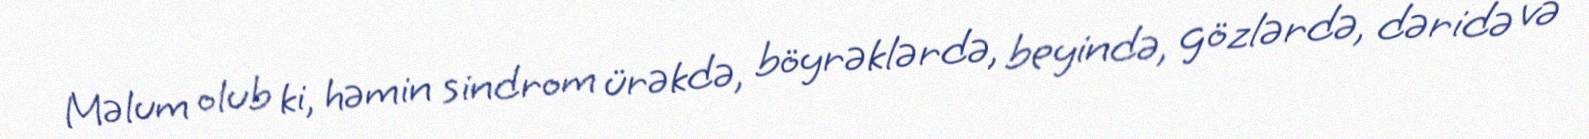
Məlum olub ki, həmin sindrom ürəkdə, böyrəklərdə, beyində, gözlərdə, dəridə və